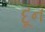
દૂન